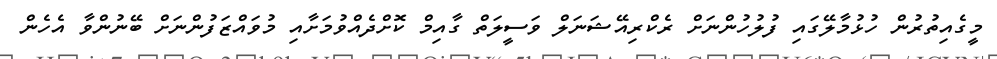
މީގެއިތުރުން ހުޅުމާލޭގައި ފުލުހުންނަށް ރެކްރިއޭޝަނަލް ވަސީލަތް ގާއިމް ކޮށްދެއްވުމަށާއި މުވައްޒަފުންނަށް ބޭނުންވާ އެހެން